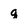
Character: q